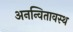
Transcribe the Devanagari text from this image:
अनन्वितावस्थ